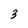
Character: 3